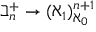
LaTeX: \beth _ { n } ^ { + } \rightarrow ( \aleph _ { 1 } ) _ { \aleph _ { 0 } } ^ { n + 1 }